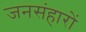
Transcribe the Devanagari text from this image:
जनसंहारों